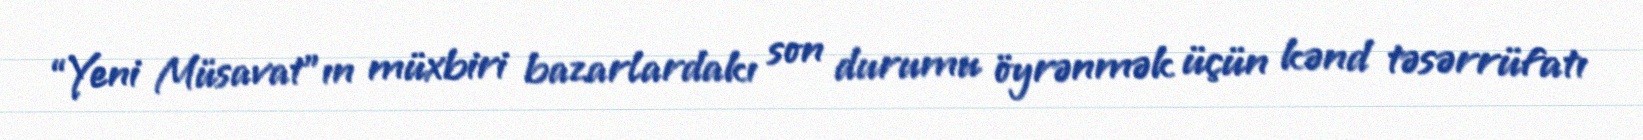
“Yeni Müsavat”ın müxbiri bazarlardakı son durumu öyrənmək üçün kənd təsərrüfatı